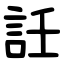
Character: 䚾